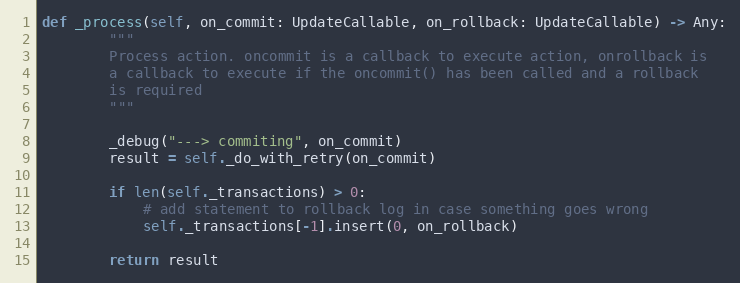
Language: Python
def _process(self, on_commit: UpdateCallable, on_rollback: UpdateCallable) -> Any:
        """
        Process action. oncommit is a callback to execute action, onrollback is
        a callback to execute if the oncommit() has been called and a rollback
        is required
        """

        _debug("---> commiting", on_commit)
        result = self._do_with_retry(on_commit)

        if len(self._transactions) > 0:
            # add statement to rollback log in case something goes wrong
            self._transactions[-1].insert(0, on_rollback)

        return result